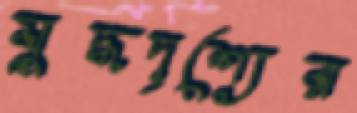
যুদ্ধদৃশ্যের